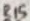
Text: R15